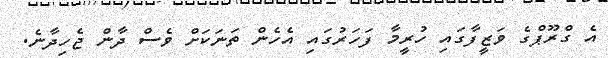
އެ ގްރޫޕްގެ ވަޒީފާގައި ހުރީމާ ފަހަރުގައި އެހެން ތަނަކަށް ވެސް ދާން ޖެހިދާނެ.